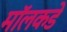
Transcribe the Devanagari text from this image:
मॉलकडे